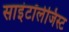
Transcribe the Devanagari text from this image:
साइंटॉलेजिस्ट